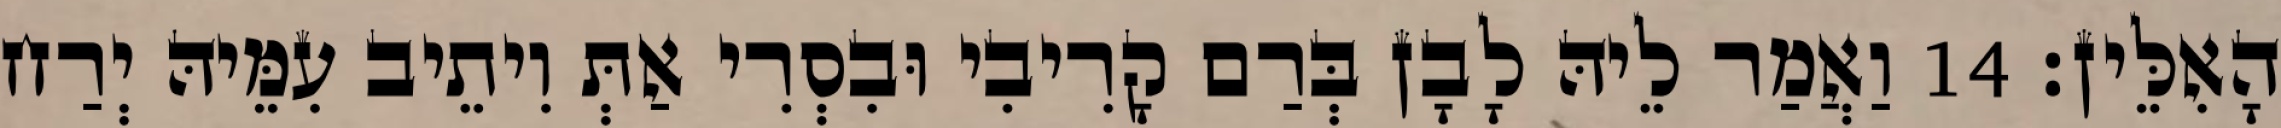
הָאִלֵּין׃ 14 וַאֲמַר לֵיהּ לָבָן בְּרַם קָרִיבִי וּבִסְרִי אַתְּ וִיתֵיב עִמֵּיהּ יְרַח